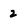
Character: 2